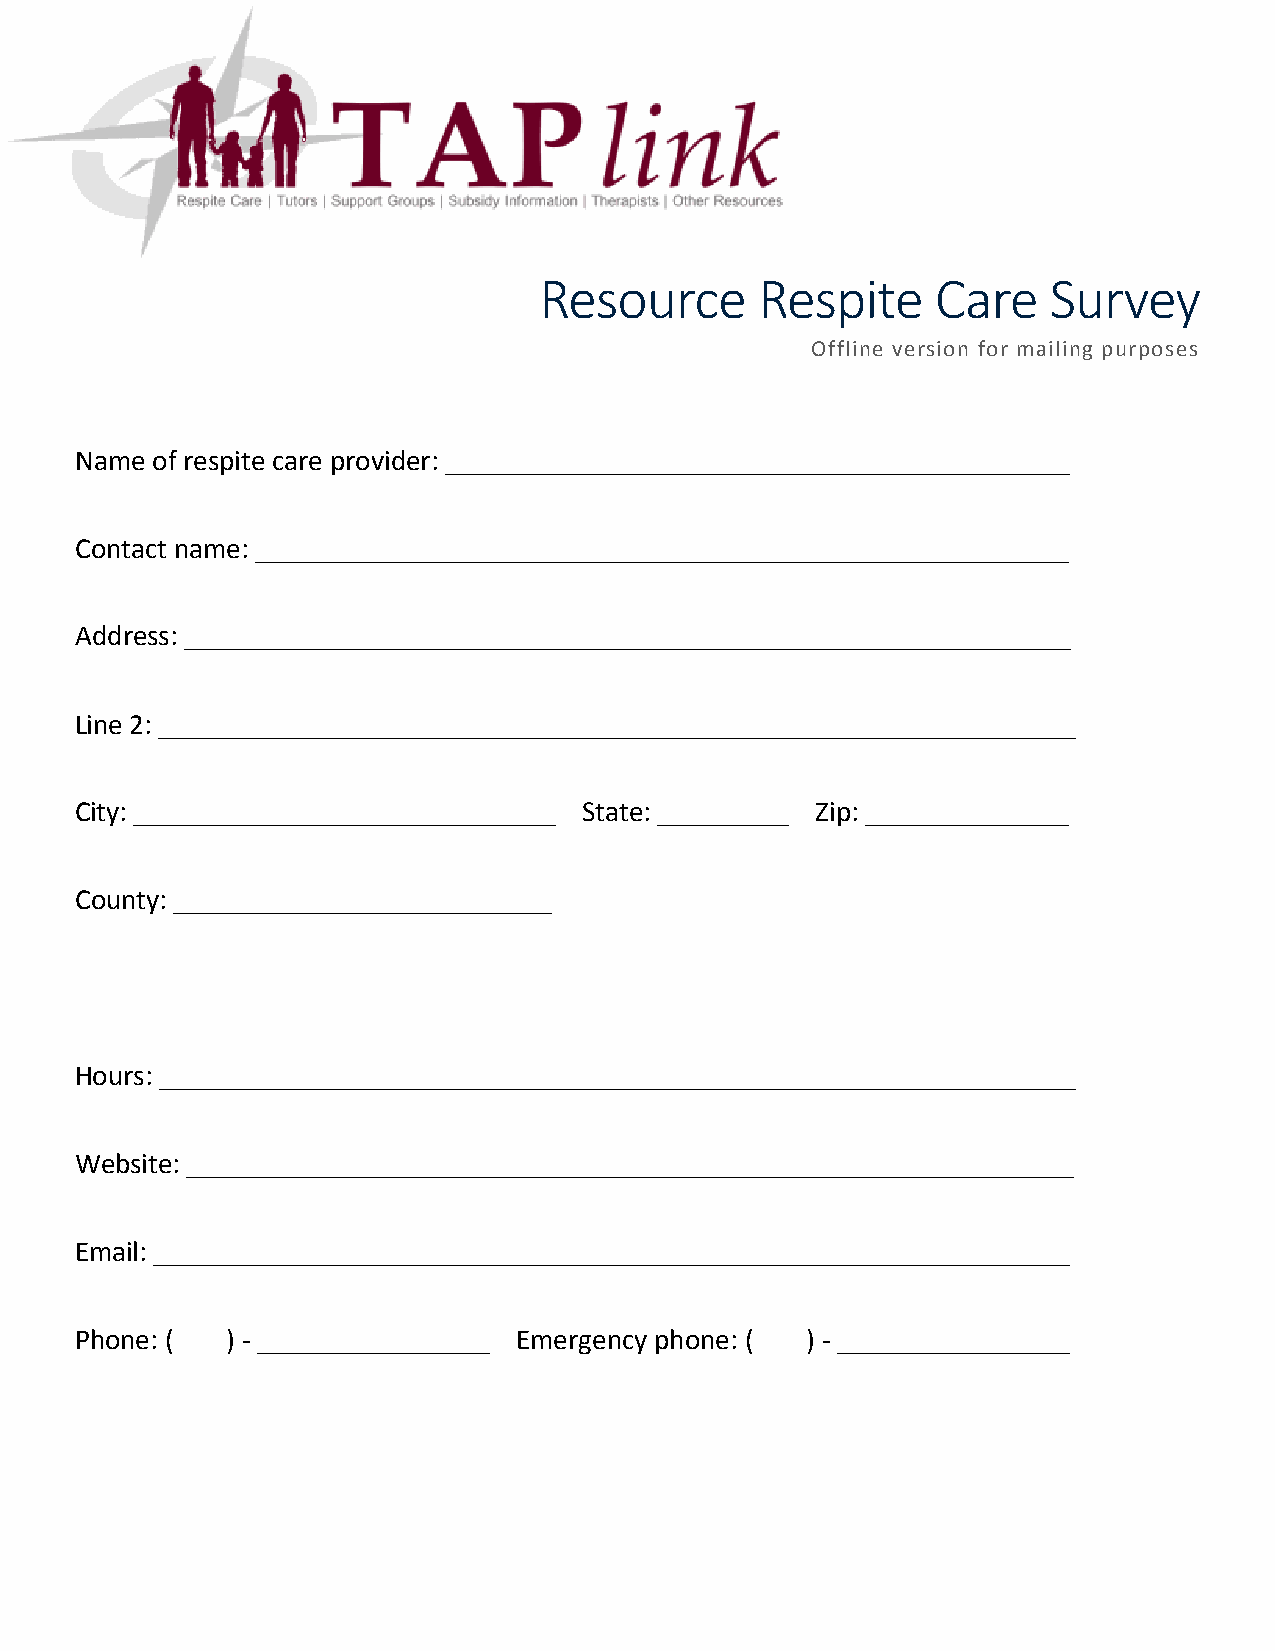
Resource      Respite     Care   Survey
 Offline version for mailing purposes
 Name of respite care provider: ___________________________________________
 Contact name: ________________________________________________________
 Address: _____________________________________________________________
 Line 2: _______________________________________________________________
 City: _____________________________ State: _________ Zip: ______________
 County: __________________________
 Hours: _______________________________________________________________
 Website: _____________________________________________________________
 Email: _______________________________________________________________
 Phone: (  ) - ________________ Emergency phone: ( ) - ________________